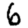
Digit: 6